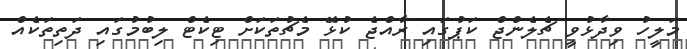
މަލީހު ވިދާޅުވީ ޗެލެންޖް ކަޕުގައި ރާއްޖެ ކުޅޭ މެޗުތަކަށް ޓިކެޓް ލިބުމުގައި ދަތިތަކެއް